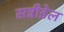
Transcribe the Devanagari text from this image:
सन्नीडेल